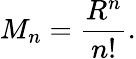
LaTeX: M_{n}={\frac{R^{n}}{n!}}.